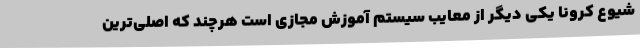
شیوع کرونا یکی دیگر از معایب سیستم آموزش مجازی است هرچند که اصلی‌ترین